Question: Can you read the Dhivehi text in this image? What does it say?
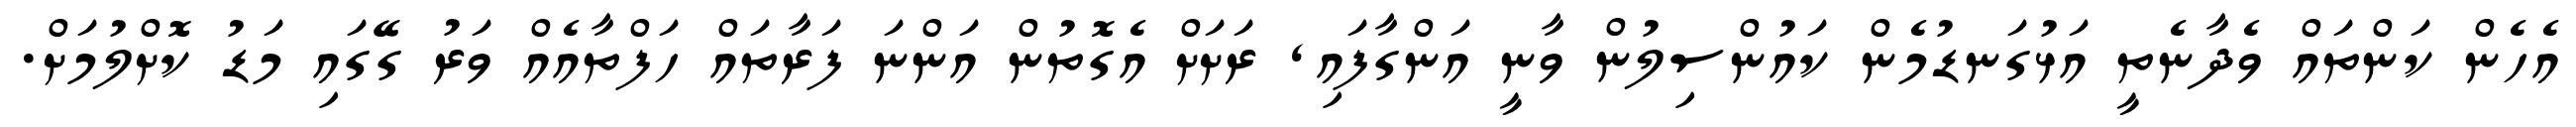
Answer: އެހެން ކަންތައް ވެދާނެތީ އަޅުގަނޑުމެން ކައުންސިލުން ވާނީ އަންގާފައި, ރަށަށް އެގޮތުން އަންނަ ފަރާތައް ހަފްތާއެއް ވަރު ގޭގައި މަޑު ކޮށްލުމަށް.